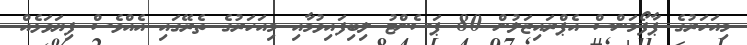
މިއަހަރުގެ ޕާފޯމަންސް އެޕްރައިޒަލުން 80 ޕަސެންޓު ލިބިފައިވުމާއި މިއަހަރުގެ ތެރޭގައި އެއްވެސް ފިޔަވަޅެއް